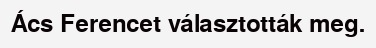
Ács Ferencet választották meg.